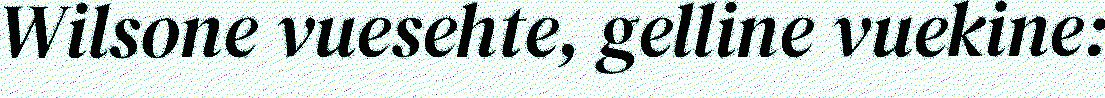
Wilsone vuesehte, gelline vuekine: